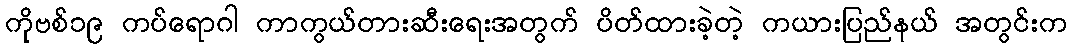
ကိုဗစ်၁၉ ကပ်ရောဂါ ကာကွယ်တားဆီးရေးအတွက် ပိတ်ထားခဲ့တဲ့ ကယားပြည်နယ် အတွင်းက